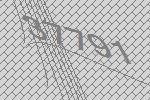
37791